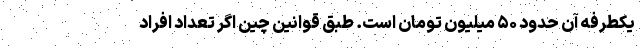
یکطرفه آن حدود ۵۰ میلیون تومان است. طبق قوانین چین اگر تعداد افراد